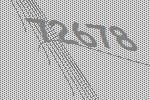
72678